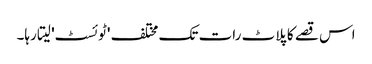
اس قصے کا پلاٹ رات تک مختلف 'ٹوئسٹ' لیتا رہا۔